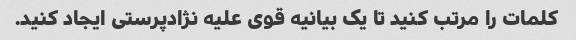
کلمات را مرتب کنید تا یک بیانیه قوی علیه نژادپرستی ایجاد کنید.